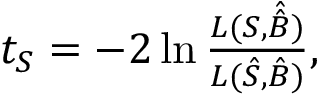
\begin{array} { r } { t _ { S } = - 2 \ln { \frac { L ( S , \hat { \hat { B } } ) } { L ( \hat { S } , \hat { B } ) } } , } \end{array}